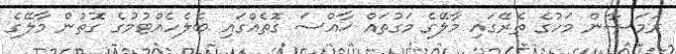
ރަމަޟާން މަހުގެ ތެރޭގައި މާލޭގެ މަގުތައް ޚާއްސަ ގޮތެއްގައި ބެލެހެއްޓުމުގެ ގޮތުން މާލޭގެ